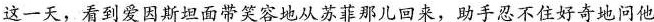
这一天，看到爱因斯坦面带笑容地从苏菲那儿回来，助手忍不住好奇地问他